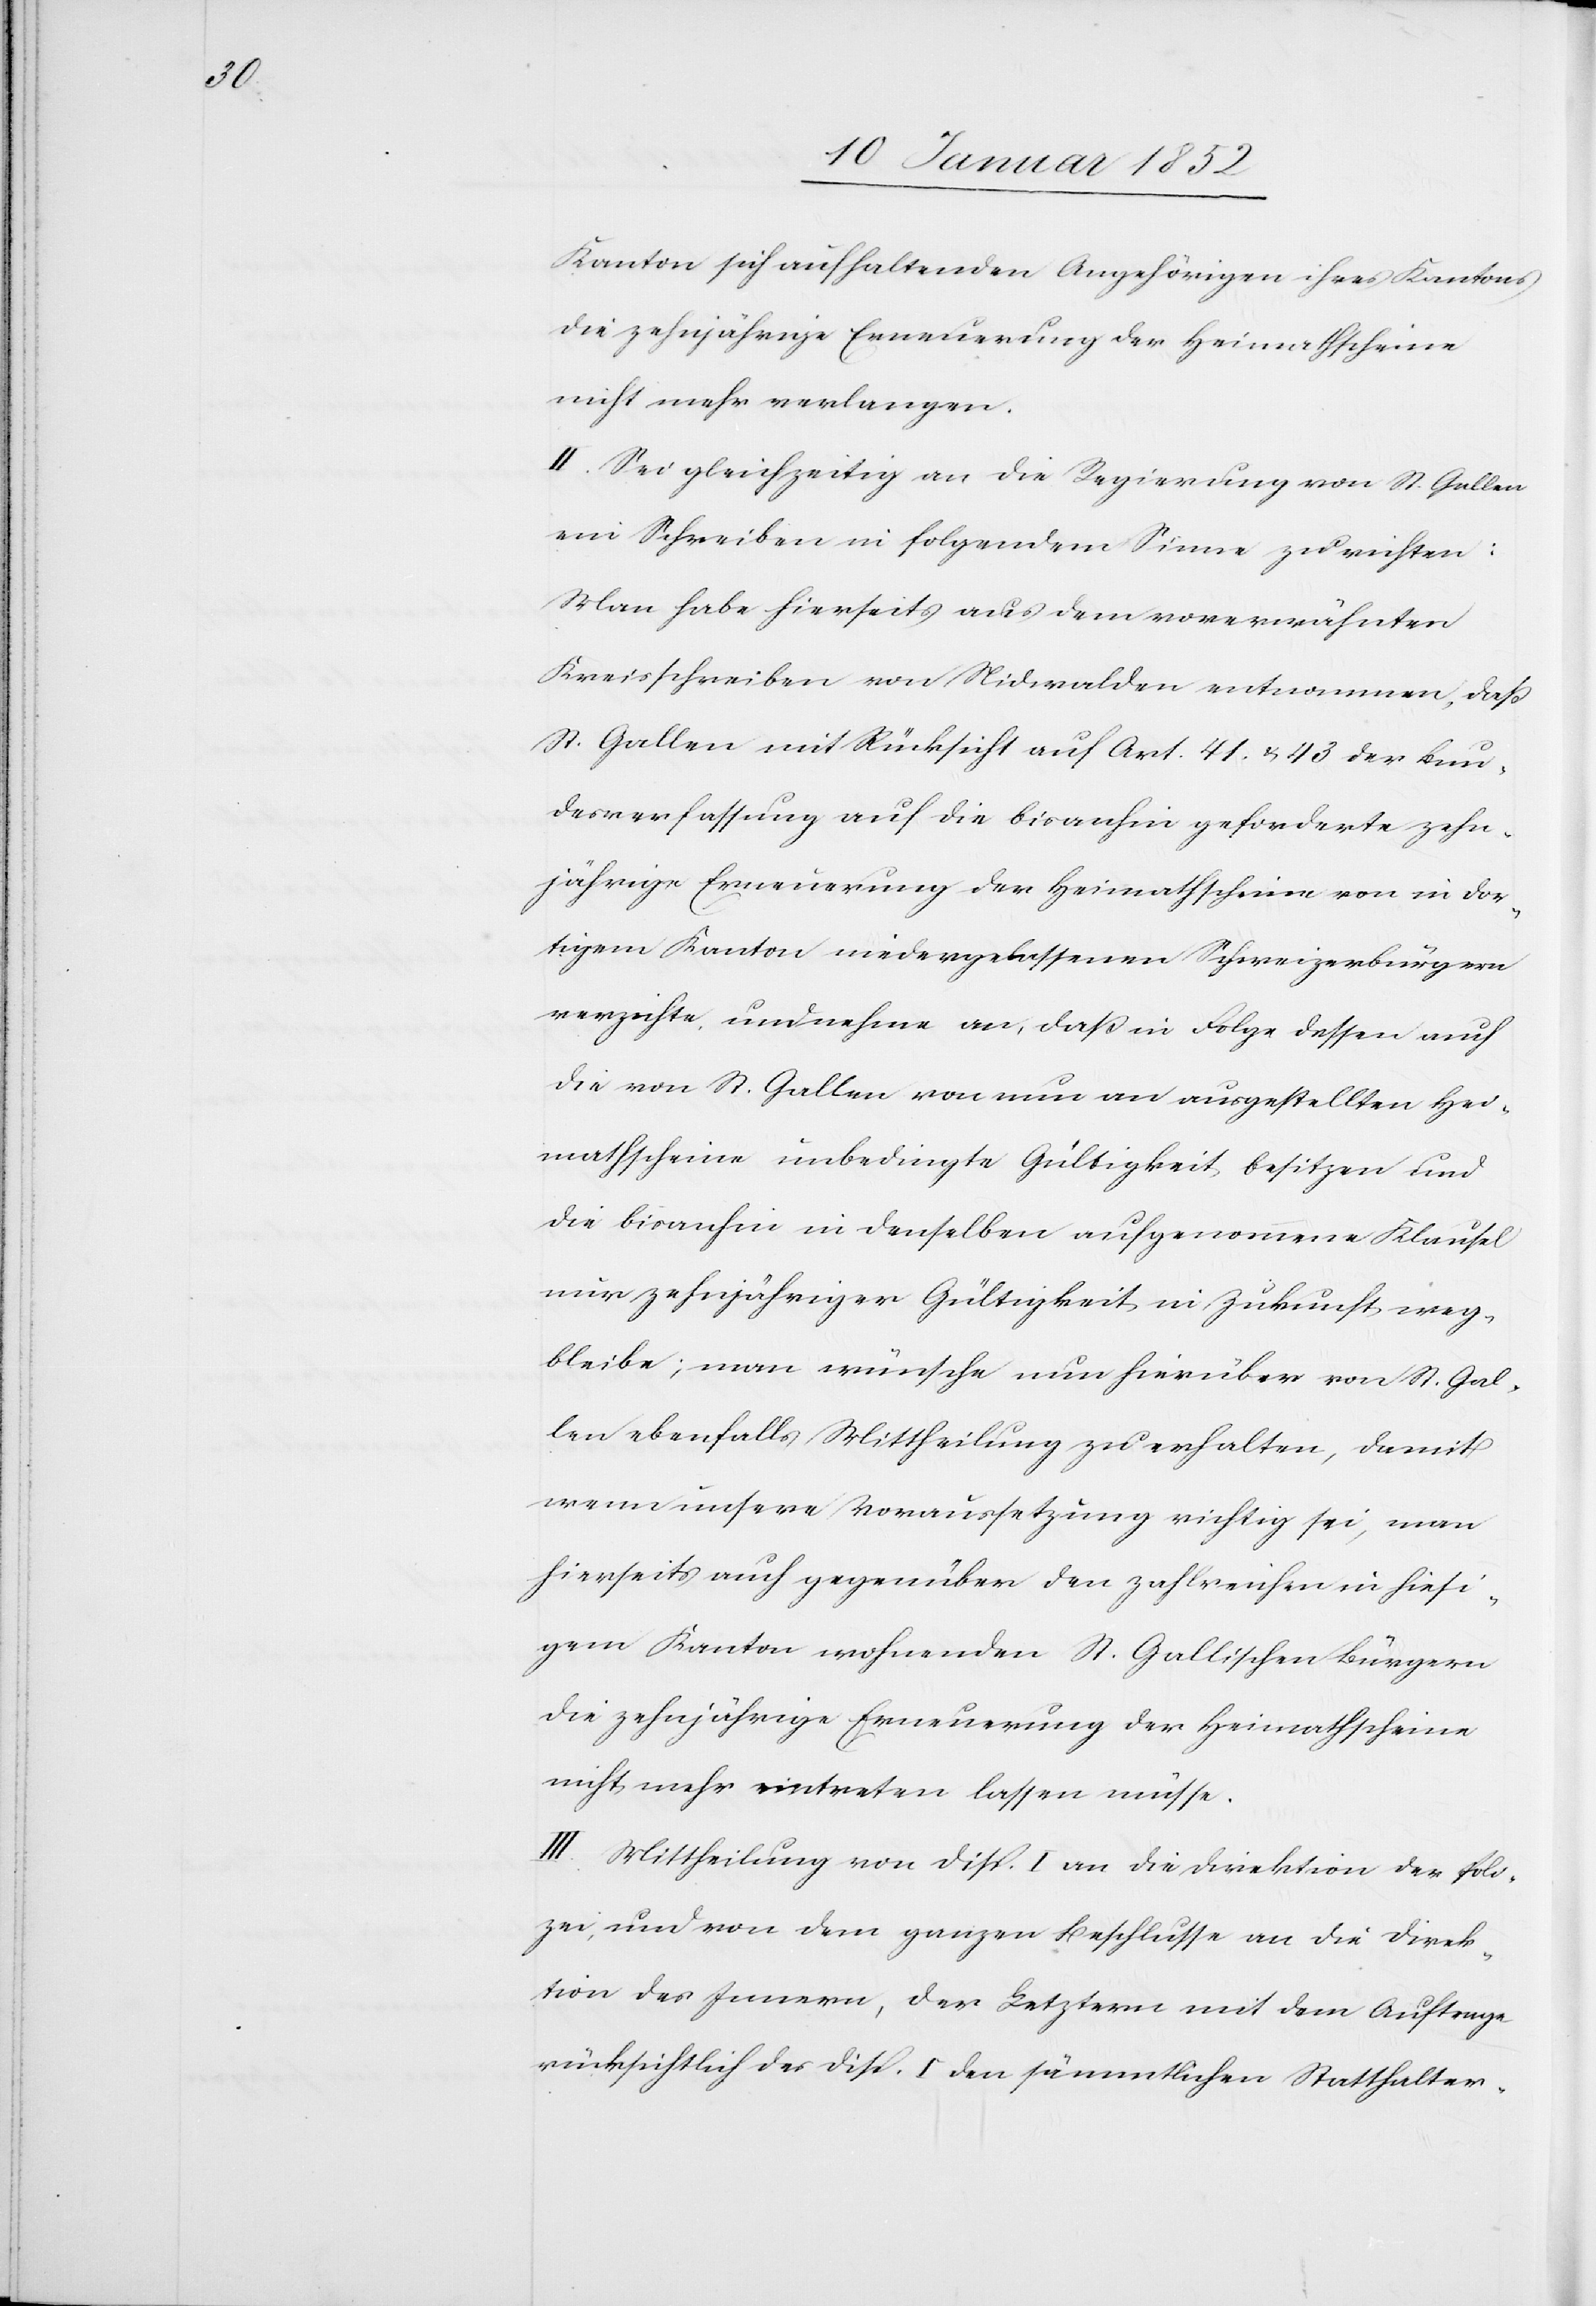
Kanton sich aufhaltenden Angehörigen ihres Kantons
die zehnjährige Erneuerung der Heimathscheine
nicht mehr verlangen.
II. Sei gleichzeitig an die Regierung von St. Gallen
ein Schreiben in folgendem Sinne zu richten:
Man habe hierseits aus dem vorerwähnten
Kreisschreiben von Nidwalden entnommen, daß
St. Gallen mit Rücksicht auf Art. 41. u. 43 der Bun¬
desverfassung auf die bisanhin geforderte zehn¬
jährige Erneuerung der Heimathscheine von in dor¬
tigem Kanton niedergelassenen Schweizerbürgern
verzichte, und nehme an, daß in Folge dessen auch
die von St. Gallen von nun an ausgestellten Hei¬
mathscheine unbedingte Gültigkeit besitzen und
die bisanhin in denselben aufgenommene Klausel
nur zehnjähriger Gültigkeit in Zukunft weg¬
bleibe; man wünsche nun hierüber von St. Gal¬
len ebenfalls Mittheilung zu erhalten, damit
wenn unsere Voraussetzung richtig sei, man
hierseits auch gegenüber den zahlreichen in hiesi¬
gem Kanton wohnenden St. Gallischen Bürgern
die zehnjährige Erneuerung der Heimathscheine
nicht mehr eintreten lassen müsse.
III. Mittheilung von Disp. I an die Direktion der Poli¬
zei, und von dem ganzen Beschlusse an die Direk¬
tion des Innern, der Letztern mit dem Auftrage
rücksichtlich des Disp. I. den sämmtlichen Statthalter-